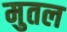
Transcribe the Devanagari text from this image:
मुतल